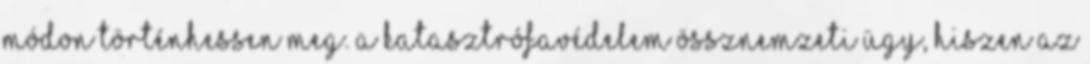
módon történhessen meg. A katasztrófavédelem össznemzeti ügy, hiszen az